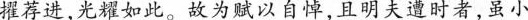
擢荐进，光耀如此。故为赋以自悼，且明夫遭时者，虽小